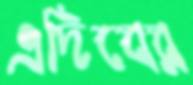
এদিবের